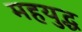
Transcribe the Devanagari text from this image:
महयुद्ध